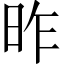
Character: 昨